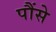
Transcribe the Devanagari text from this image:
पौंसे